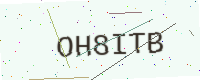
Text: OH8ITB